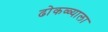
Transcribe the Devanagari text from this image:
ढोकळ्याला